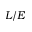
L / E